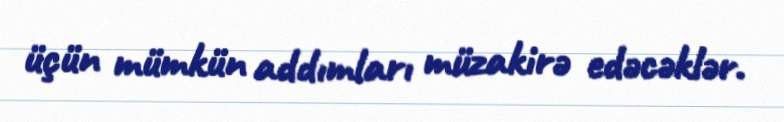
üçün mümkün addımları müzakirə edəcəklər.